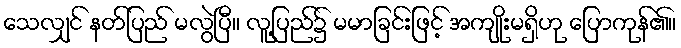
သေလျှင် နတ်ပြည် မလွဲပြီ။ လူ့ပြည်၌ မမာခြင်းဖြင့် အကျိုးမရှိဟု ပြောကုန်၏။